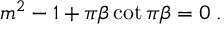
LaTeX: m ^ { 2 } - 1 + \pi \beta \cot \pi \beta = 0 \; .